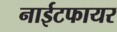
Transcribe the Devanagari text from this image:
नाईटफायर